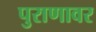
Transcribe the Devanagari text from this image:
पुराणावर